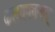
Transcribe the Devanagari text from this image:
कलयपत्तनम्